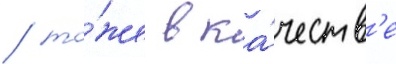
/ то́же в ка́честв'е